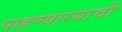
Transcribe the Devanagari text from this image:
पाहण्यारयाची